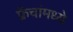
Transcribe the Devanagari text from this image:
फ्रेंचांमध्ये